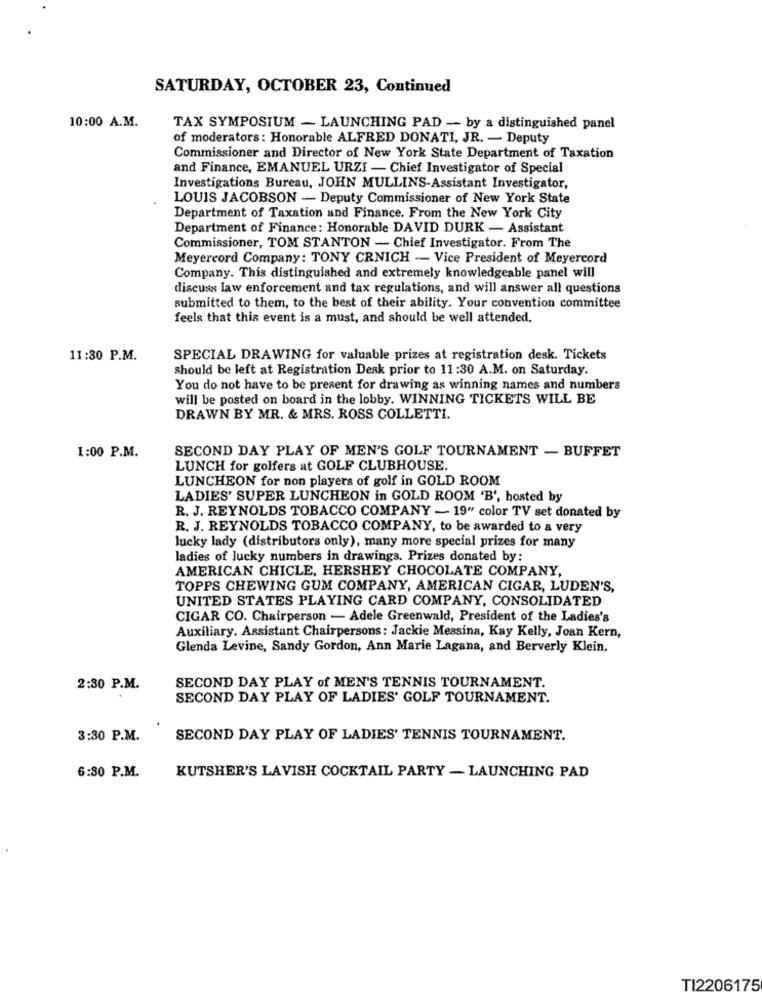
SATURDAY, OCTOBER 23, Continued
10:00 A.M.
TAX SYMPOSIUM - LAUNCHING PAD -- by a distinguished panel
of moderators: Honorable ALFRED DONATI, JR. - Deputy
Commissioner and Director of New York State Department of Taxation
and Finance, EMANUEL URZI - Chief Investigator of Special
Investigations Bureau, JOHN MULLINS-Assistant Investigator,
LOUIS JACOBSON - Deputy Commissioner of New York State
Department of Taxation and Finance. From the New York City
Department of Finance: Honorable DAVID DURK - Assistant
Commissioner, TOM STANTON - Chief Investigator. From The
Meyercord Company: TONY CRNICH - Vice President of Meyercord
Company. This distinguished and extremely knowledgeable panel will
discuss law enforcement and tax regulations, and will answer all questions
submitted to them, to the best of their ability. Your convention committee
feels that this event is a must, and should be well attended.
11:30 P.M.
SPECIAL DRAWING for valuable prizes at registration desk. Tickets
should be left at Registration Desk prior to 11:30 A.M. on Saturday.
You do not have to be present for drawing as winning names and numbers
will be posted on board in the lobby. WINNING TICKETS WILL BE
DRAWN BY MR. & MRS. ROSS COLLETTI.
1:00 P.M.
SECOND DAY PLAY OF MEN'S GOLF TOURNAMENT - BUFFET
LUNCH for golfers at GOLF CLUBHOUSE.
LUNCHEON for non players of golf in GOLD ROOM
LADIES' SUPER LUNCHEON in GOLD ROOM 'B', hosted by
R. J. REYNOLDS TOBACCO COMPANY - 19" color TV set donated by
R. J. REYNOLDS TOBACCO COMPANY, to be awarded to a very
lucky lady (distributors only), many more special prizes for many
ladies of lucky numbers in drawings. Prizes donated by:
AMERICAN CHICLE, HERSHEY CHOCOLATE COMPANY,
TOPPS CHEWING GUM COMPANY, AMERICAN CIGAR, LUDEN'S,
UNITED STATES PLAYING CARD COMPANY, CONSOLIDATED
CIGAR CO. Chairperson - Adele Greenwald, President of the Ladies's
Auxiliary. Assistant Chairpersons: Jackie Messina, Kay Kelly, Joan Kern,
Glenda Levine, Sandy Gordon, Ann Marie Lagana, and Berverly Klein.
SECOND DAY PLAY of MEN'S TENNIS TOURNAMENT.
2:30 P.M.
SECOND DAY PLAY OF LADIES' GOLF TOURNAMENT.
3:30 P.M.
SECOND DAY PLAY OF LADIES' TENNIS TOURNAMENT.
6:30 P.M.
KUTSHER'S LAVISH COCKTAIL PARTY - LAUNCHING PAD
TI2206175